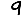
Digit: 9